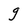
Character: g